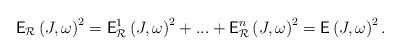
LaTeX: \begin{align*}\mathsf{E}_{\mathcal{R}}\left( J,\omega \right) ^{2}=\mathsf{E}_{\mathcal{R}}^{1}\left( J,\omega \right) ^{2}+...+\mathsf{E}_{\mathcal{R}}^{n}\left(J,\omega \right) ^{2}=\mathsf{E}\left( J,\omega \right) ^{2}.\end{align*}